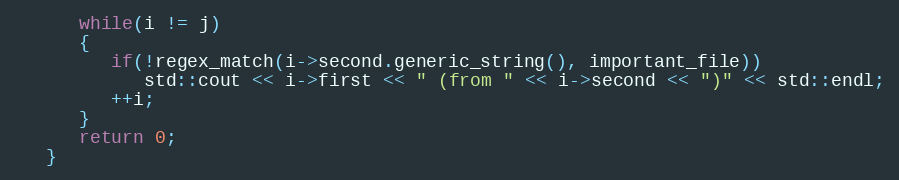
Language: C++
      while(i != j)
      {
         if(!regex_match(i->second.generic_string(), important_file))
            std::cout << i->first << " (from " << i->second << ")" << std::endl;
         ++i;
      }
      return 0;
   }